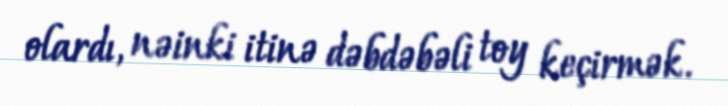
olardı, nəinki itinə dəbdəbəli toy keçirmək.